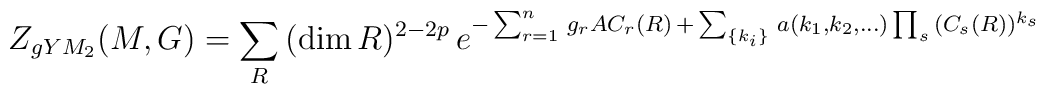
Z_{gYM_2}(M, G)= \sum_{R} \,(\dim R)^{2-2p}\, e^{-\sum_{r=1}^n \, g_r A C_r(R)\, +\, \sum_{\{ k_i \}} \, a(k_1,k_2, \ldots) \prod_s \, (C_s(R))^{k_s}}